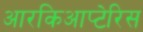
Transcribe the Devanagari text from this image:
आरकिआप्टेरिस